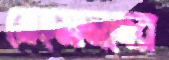
মেহমানদের